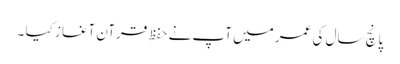
پانچ سال کی عمر میں آپ نے حفظِ قرآن آغاز کیا ۔